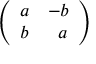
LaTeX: \left( \begin{array} { l l } { a } & { - b } \\ { b } & { \; \; a } \end{array} \right)